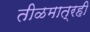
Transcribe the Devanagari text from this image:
तीळमात्रही